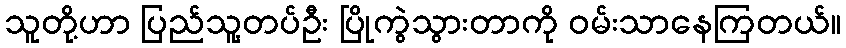
သူတို့ဟာ ပြည်သူ့တပ်ဦး ပြိုကွဲသွားတာကို ဝမ်းသာနေကြတယ်။